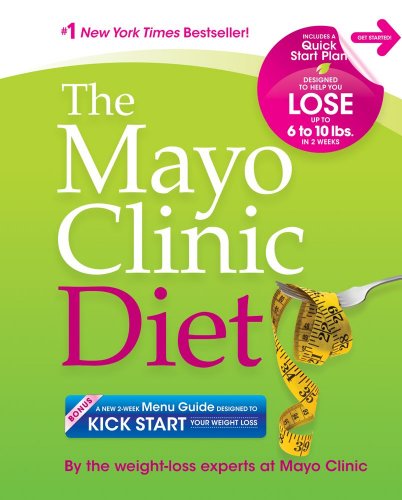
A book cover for The Mayo Clinic Diet: Eat well. Enjoy Life. Lose weight.; the weight-loss experts at Mayo Clinic; Cookbooks, Food & Wine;